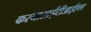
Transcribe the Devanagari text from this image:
करनाआईटीआईएल